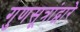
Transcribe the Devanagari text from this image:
गुणसूत्रांद्वारे